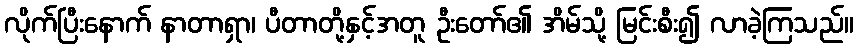
လိုက်ပြီးနောက် နာတာရှာ၊ ပီတာတို့နှင့်အတူ ဦးတော်၏ အိမ်သို့ မြင်းစီး၍ လာခဲ့ကြသည်။